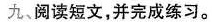
九、阅读短文，并完成练习。